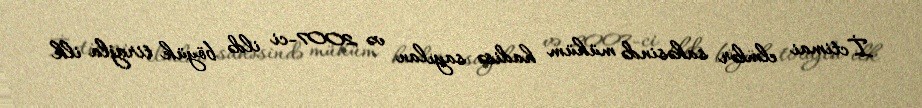
İctimai elmlər sahəsində mühüm hadisə sayılan və 2007-ci ildə böyük tirajla ilk